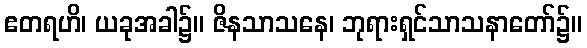
ဧတရဟိ၊ ယခုအခါ၌။ ဇိနသာသနေ၊ ဘုရားရှင်သာသနာတော်၌။